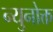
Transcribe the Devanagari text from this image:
न्युनोक्त